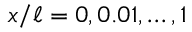
x / \ell = 0 , 0 . 0 1 , \dots , 1